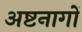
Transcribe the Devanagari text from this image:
अष्टनागों